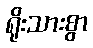
ရိုးသားစွာ